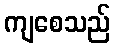
ကျစေသည်